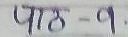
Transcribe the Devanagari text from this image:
पाठ - १.